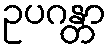
ဥပဂန္တာ